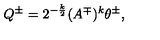
Q ^ { \pm } = 2 ^ { - \frac k 2 } ( A ^ { \mp } ) ^ { k } \theta ^ { \pm } ,